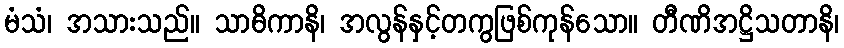
မံသံ၊ အသားသည်။ သာဓိကာနိ၊ အလွန်နှင့်တကွဖြစ်ကုန်သော။ တီဏိအဋ္ဌိသတာနိ၊